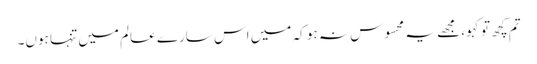
تم کچھ تو کہو، مجھے یہ محسوس نہ ہو کہ میں اس سارے عالم میں تنہا ہوں۔